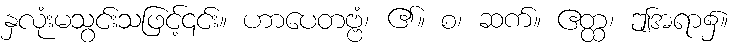
နှလုံးမသွင်းသဖြင့်၎င်း။ ဟာပေတဗ္ဗံ၊ ၏။ စ၊ ဆက်။ ဧတ္ထ၊ ဤအရာ၌။